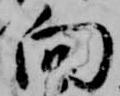
向